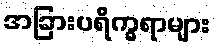
အခြားပရိက္ခရာများ